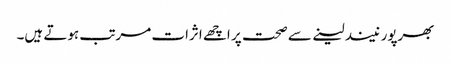
بھرپور نیند لینے سے صحت پر اچھے اثرات مرتب ہوتے ہیں۔